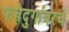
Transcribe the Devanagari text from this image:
फत्तेदुर्गावरचे